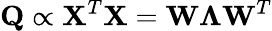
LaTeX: \mathbf{Q}\propto\mathbf{X}^{T}\mathbf{X}=\mathbf{W}\mathbf{\Lambda}\mathbf{W}^{T}